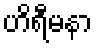
ဟိရီမနာ